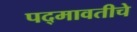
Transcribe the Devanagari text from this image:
पद्‍मावतीचे